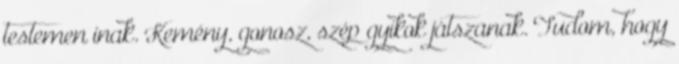
testemen inak. Kemény, gonosz, szép gyíkok játszanak. Tudom, hogy